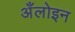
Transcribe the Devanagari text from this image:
अँलोइन